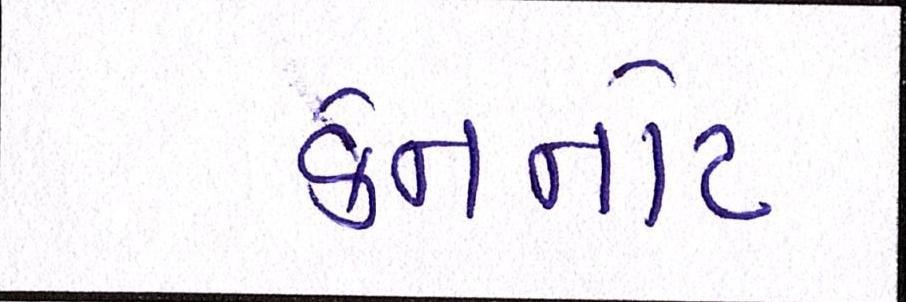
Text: કેનનોટ